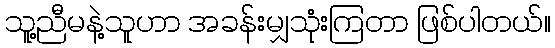
သူ့ညီမနဲ့သူဟာ အခန်းမျှသုံးကြတာ ဖြစ်ပါတယ်။